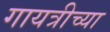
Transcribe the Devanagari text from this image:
गायत्रीच्या